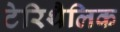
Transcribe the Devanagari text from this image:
टेरिथैलिक